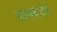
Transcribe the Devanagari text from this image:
डाकबंगले